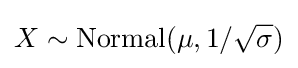
X\sim \operatorname {Normal} (\mu ,1/{\sqrt {\sigma }})